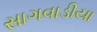
સાગવાડીયા